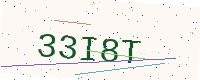
Text: 33I8T